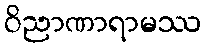
ဝိညာဏာရာမဿ